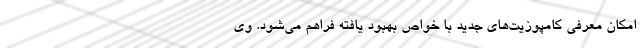
امکان معرفی کامپوزیت‌های جدید با خواص بهبود یافته فراهم می‌شود. وی